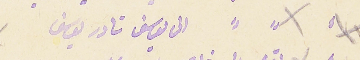
١٧ الى يوسف نادر يوسف